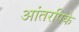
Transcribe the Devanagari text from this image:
आंतरपिके